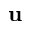
\mathbf { u }